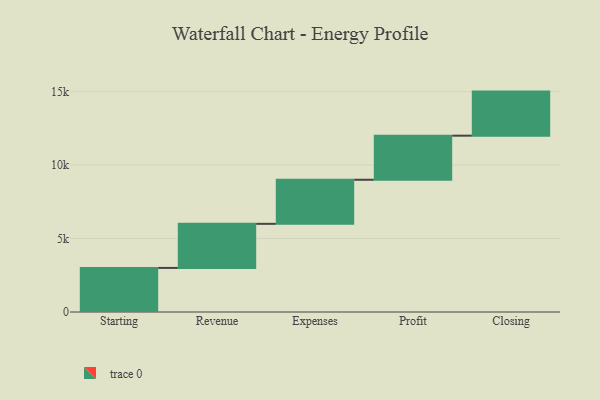
{"axis": {"x": "Step", "y": "Value"}, "legend": [""], "data": [{"x": "Starting", "y": 3000, "type": ""}, {"x": "Revenue", "y": 3000, "type": ""}, {"x": "Expenses", "y": 3000, "type": ""}, {"x": "Profit", "y": 3000, "type": ""}, {"x": "Closing", "y": 3000, "type": ""}]}